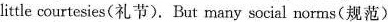
little courtesies(礼节). But many social norms(规范)